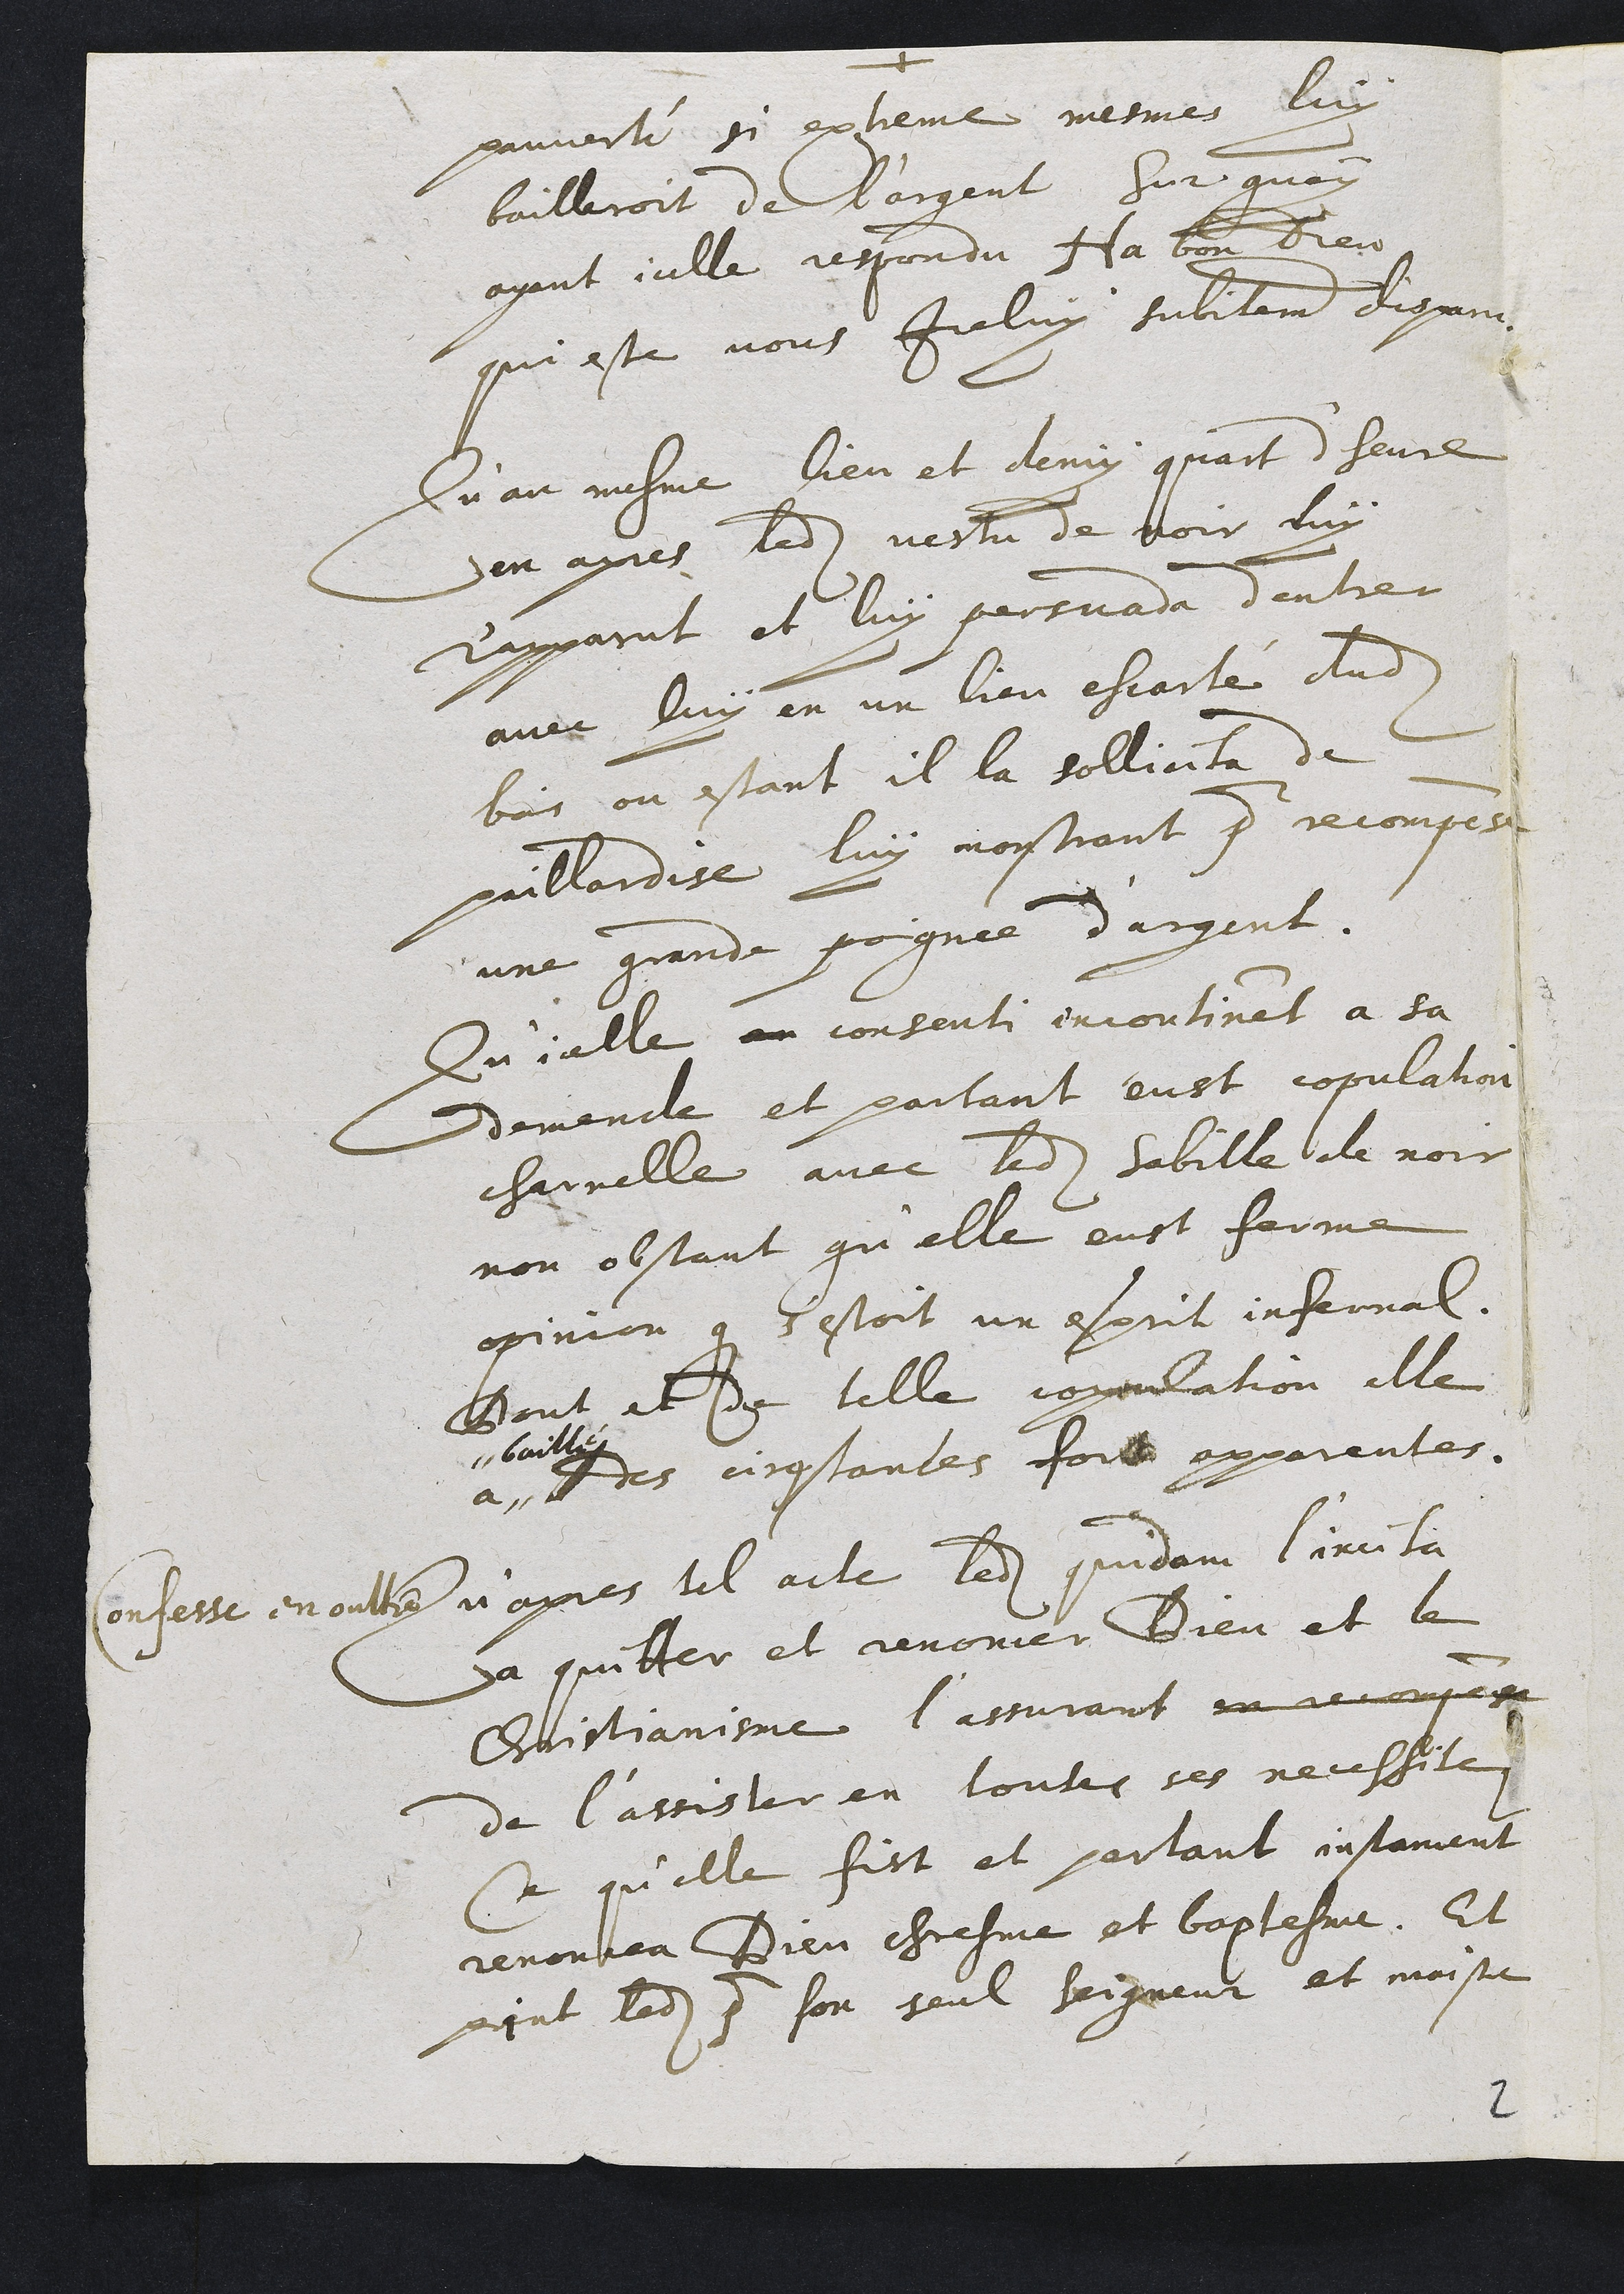
prmente si extent mesmes luy
bailleroit de Bargent Sur quay
ayant icelle respondu Ha bon Dieu
qui este vous ireluy subitemnt dixans
Qu au mesme lieu et demy quart d’heure
in apres ledit vestu de voir luy
Rapparut et luy partuada dentre
avec luy en un lieu escarté dudit
bois, ou estant il la sollicita de
vuillardise luy moystrant pour recompes
une grande poignée d’argant.
Qu’ialle an consenti encontinet à sa
demende et partant eust copulation
charnelle avec ledit sabille de noir
non obstant qu’elle eust farme
opinion que s’estoit un esprit infernal.
Bont at de telle ropulation elle
a
bailly
Dres cingtanles foit apparentés.
Confesse en oulte v’aynes lel acle, ledit quidam l’incita
à quitter et renonier Dieu et le
Etistianeme l’asturant na aerempas
de l’assisler en louts ses neussile
se qu’elle fist et partant insament
renonhea Dien Chresme et baptesme. Et
print ladite 3 sor seul Saigneur et maisre